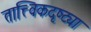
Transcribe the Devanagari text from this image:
तात्त्विकदृष्ट्या